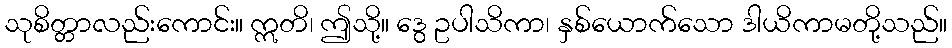
သုစိတ္တာလည်းကောင်း။ ဣတိ၊ ဤသို့။ ဒွေ ဥပါသိကာ၊ နှစ်ယောက်သော ဒါယိကာမတို့သည်။